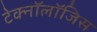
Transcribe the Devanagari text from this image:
टेक्नॉलॉजिस